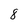
Character: 8